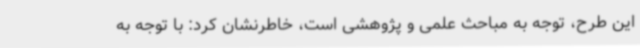
این طرح، توجه به مباحث علمی و پژوهشی است، خاطرنشان کرد: با توجه به